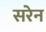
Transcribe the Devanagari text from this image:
सरेन